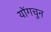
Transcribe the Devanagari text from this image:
योंगचुन